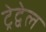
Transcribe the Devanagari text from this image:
ट्रेद्वेल